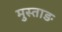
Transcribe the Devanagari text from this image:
मुस्ताङ